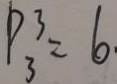
P _ { 3 } ^ { 3 } = 6 .